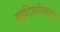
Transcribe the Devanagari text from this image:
हुइट्झिलिहुइट्ल